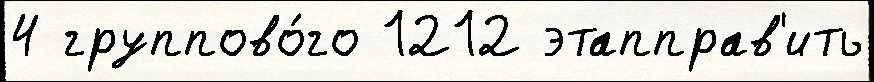
4 группово́го 1212 этапправ'ить